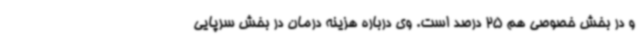
و در بخش خصوصی هم 25 درصد است. وی درباره هزینه درمان در بخش سرپایی